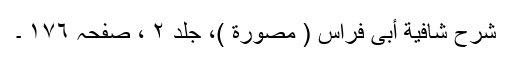
شرح شافیة أبی فراس ( مصوّرة )، جلد ٢ ، صفحہ ١٧٦ ۔